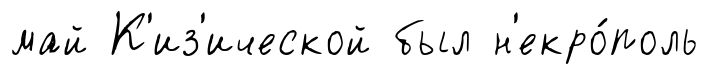
май К'из'ической был н'екро́поль